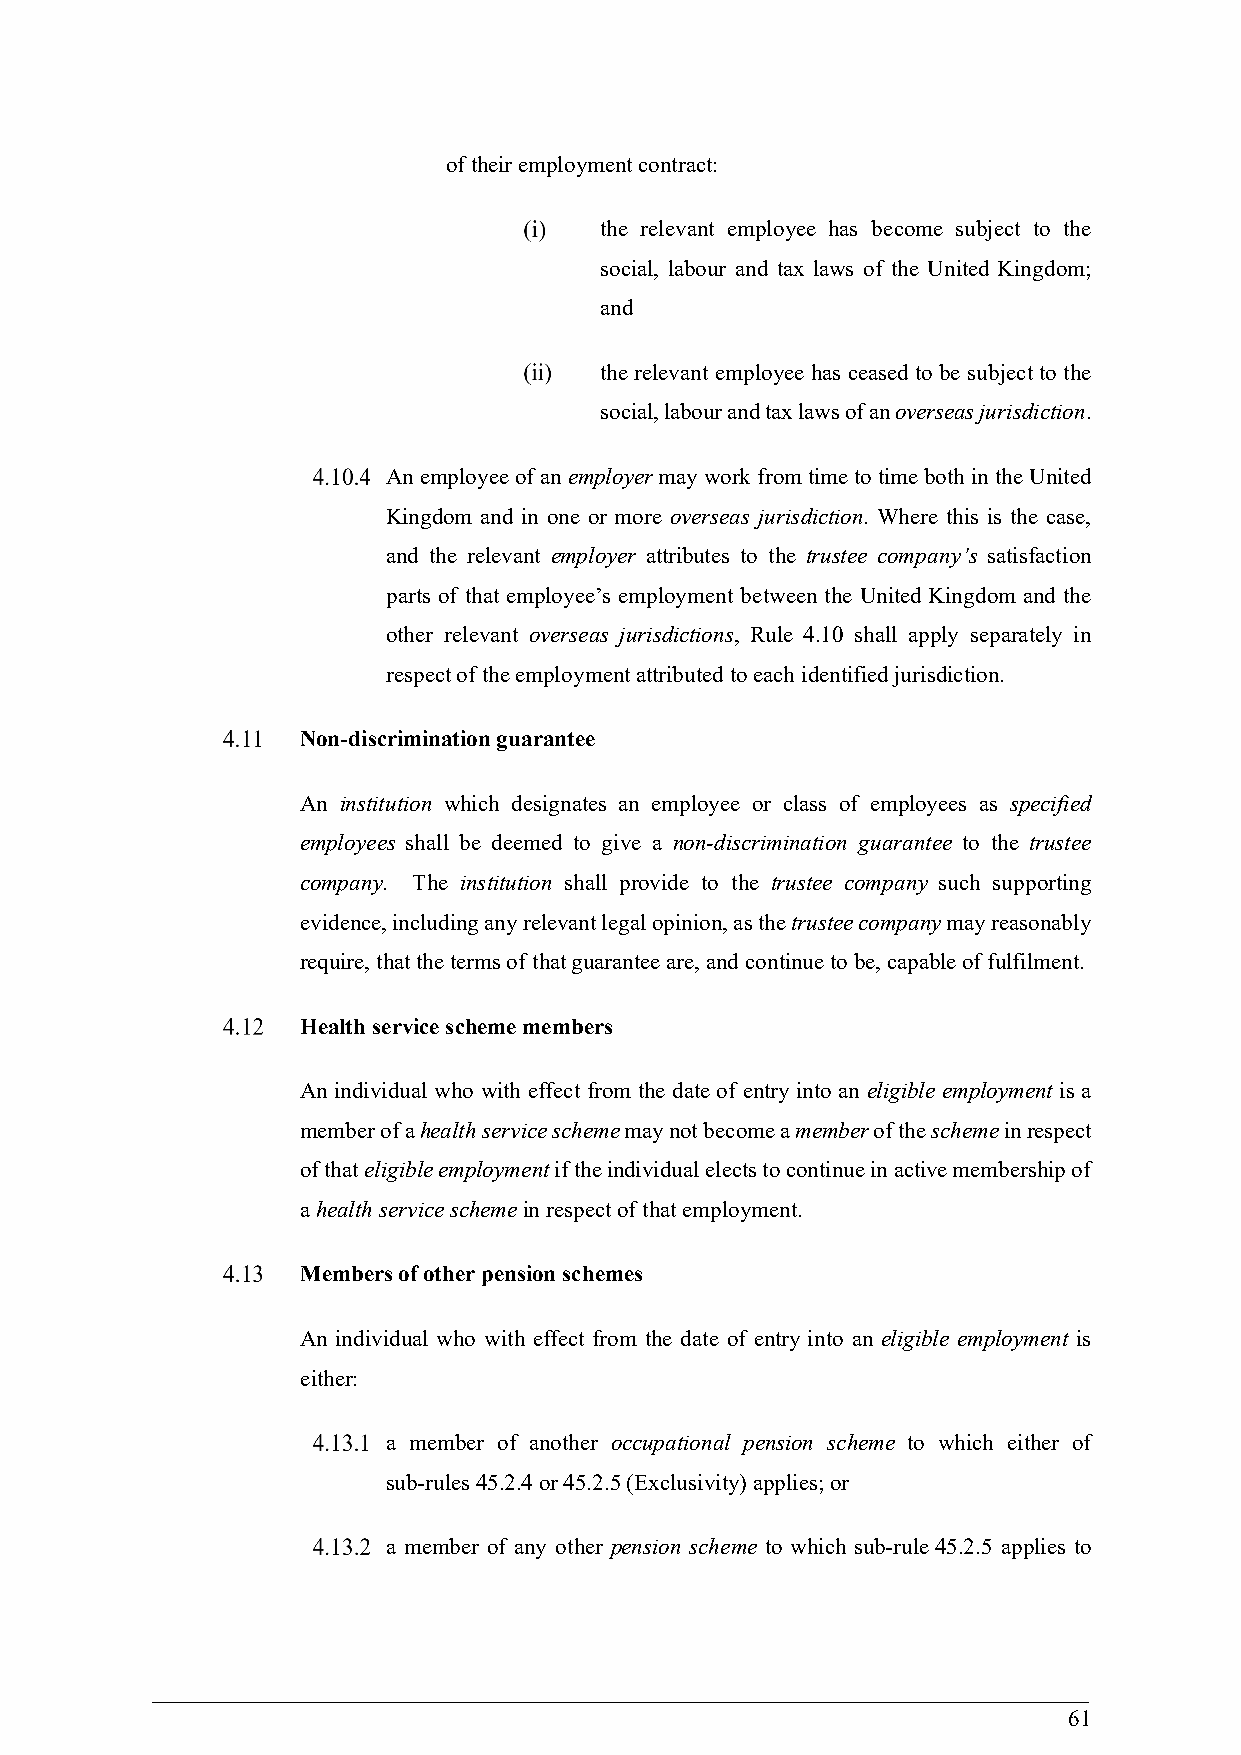
of their employment contract:
 the relevant employee has become subject to the
 social, labour and tax laws of the United Kingdom;
 and
 the relevant employee has ceased to be subject to the
 social, labour and tax laws of an overseas jurisdiction.
 An employee of an employer may work from time to time both in the United
 Kingdom and in one or more overseas jurisdiction. Where this is the case,
 and the relevant employer attributes to the trustee company’s satisfaction
 parts of that employee’s employment between the United Kingdom and the
 other relevant overseas jurisdictions, Rule 4.10 shall apply separately in
 respect of the employment attributed to each identified jurisdiction.
 Non-discrimination guarantee
 An institution which designates an employee or class of employees as specified
 employees shall be deemed to give a non-discrimination guarantee to the trustee
 company. The institution shall provide to the trustee company such supporting
 evidence, including any relevant legal opinion, as the trustee company may reasonably
 require, that the terms of that guarantee are, and continue to be, capable of fulfilment.
 Health service scheme members
 An individual who with effect from the date of entry into an eligible employment is a
 member of a health service scheme may not become a member of the scheme in respect
 of that eligible employment if the individual elects to continue in active membership of
 a health service scheme in respect of that employment.
 Members of other pension schemes
 An individual who with effect from the date of entry into an eligible employment is
 either:
 a member of another occupational pension scheme to which either of
 sub-rules 45.2.4 or 45.2.5 (Exclusivity) applies; or
 a member of any other pension scheme to which sub-rule 45.2.5 applies to
 61